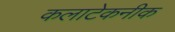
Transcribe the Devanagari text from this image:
कलाटेकनीक